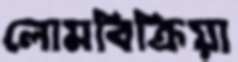
লোমবিক্রিয়া